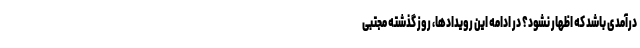
درآمدی باشد که اظهار نشود؟ در ادامه این رویدادها، روز گذشته مجتبی